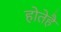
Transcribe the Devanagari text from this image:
होतेहै